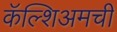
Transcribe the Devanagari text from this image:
कॅल्शिअमची